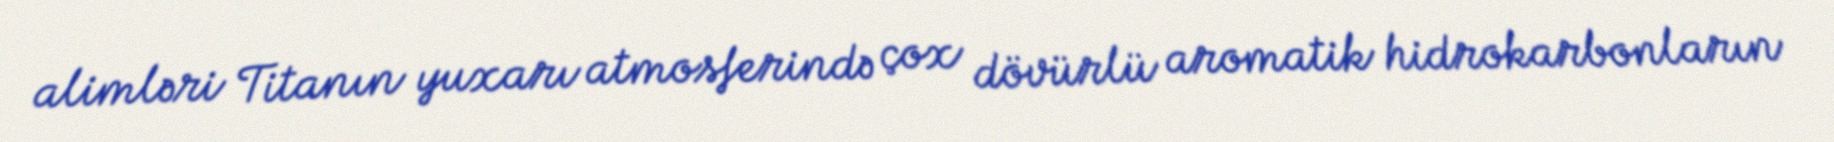
alimləri Titanın yuxarı atmosferində çox dövürlü aromatik hidrokarbonların